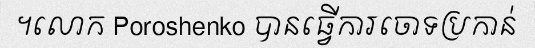
។លោក Poroshenko បានធ្វើការចោទប្រកាន់